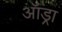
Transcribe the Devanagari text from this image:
ऑड्रा